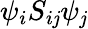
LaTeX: {\psi}_{i}S_{i\mathit{j}}{\psi}_{\mathit{j}}